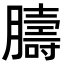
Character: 𦡴